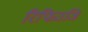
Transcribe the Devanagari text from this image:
रिफिउजि